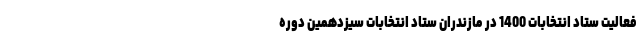
فعالیت ستاد انتخابات 1400 در مازندران ستاد انتخابات سیزدهمین دوره